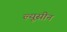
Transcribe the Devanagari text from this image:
ल्यूसीन